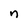
Character: n